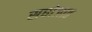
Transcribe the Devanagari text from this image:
सघोजात